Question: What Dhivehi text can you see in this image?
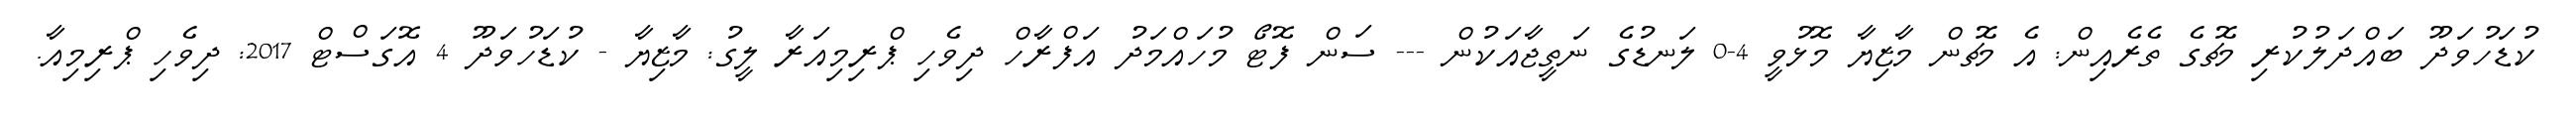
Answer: ކުޑަހުވަދޫ ބައްދަލުކުރި މެޗުގެ ތެރެއިން: އެ މެޗުން މާޒިޔާ މޮޅުވީ 4-0 ލަނޑުގެ ނަތީޖާއަކުން --- ސަން ފޮޓޯ މުހައްމަދު އަފްރާހް ދިވެހި ޕްރިމިއަރާ ލީގު: މާޒިޔާ - ކުޑަހުވަދޫ 4 އޮގަސްޓް 2017: ދިވެހި ޕްރިމިއާ.